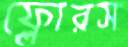
ফ্লোরস